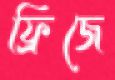
ফ্রিজে